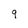
Character: 9